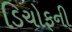
ડિચોફની